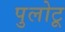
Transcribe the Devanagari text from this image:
पुलोटू